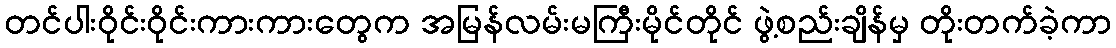
တင်ပါးဝိုင်းဝိုင်းကားကားတွေက အမြန်လမ်းမကြီးမိုင်တိုင် ဖွဲ့စည်းချိန်မှ တိုးတက်ခဲ့ကာ